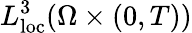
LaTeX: L_{\mathrm{loc}}^{3}(\Omega\times(0,T))